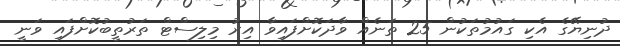
ދުނިޔޭގެ އެކި ގައުމުތަކުން 25 ތަނެއް ވާދަކޮށްފައިވާ އިރު މިލިސްޓް ތަރުތީބުކޮށްފައި ވަނީ